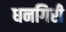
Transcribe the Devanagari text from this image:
धनगिरी